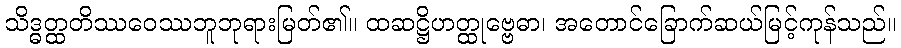
သိဒ္ဓတ္ထတိဿဝေဿဘူဘုရားမြတ်၏။ ထဆဋ္ဌိဟတ္ထုဗ္ဗေဓာ၊ အတောင်ခြောက်ဆယ်မြင့်ကုန်သည်။